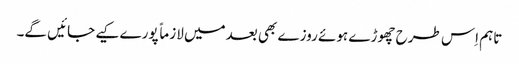
تاہم اِس طرح چھوڑے ہوئے روزے بھی بعدمیں لازماً پورے کیے جائیں گے۔